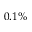
0 . 1 \%